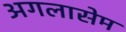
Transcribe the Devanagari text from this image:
अगलासेम